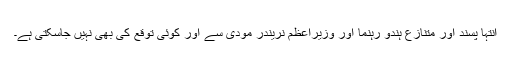
انتہا پسند اور متنازع ہندو رہنما اور وزیراعظم نریندر مودی سے اور کوئی توقع کی بھی نہیں جاسکتی ہے۔